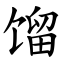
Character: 馏